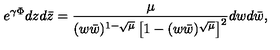
e ^ { \gamma \Phi } d z d \bar { z } = \frac { \mu } { ( w \bar { w } ) ^ { 1 - \sqrt { \mu } } \left[ 1 - ( w \bar { w } ) ^ { \sqrt { \mu } } \right] ^ { 2 } } d w d \bar { w } ,